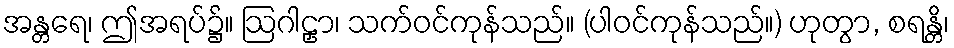
အန္တရေ၊ ဤအရပ်၌။ ဩဂါဠှာ၊ သက်ဝင်ကုန်သည်။ (ပါဝင်ကုန်သည်။) ဟုတွာ, စရန္တိ၊